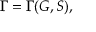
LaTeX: \Gamma = \Gamma ( G , S ) ,